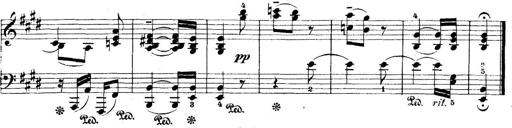
Title: 5 Sonatinas
Composer: Theodor Kirchner